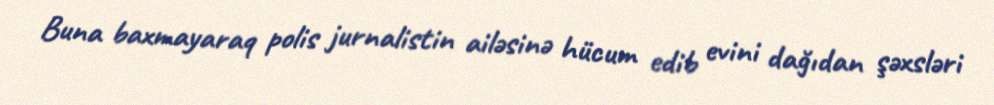
Buna baxmayaraq polis jurnalistin ailəsinə hücum edib evini dağıdan şəxsləri